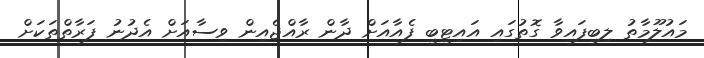
މައުލޫމާތު ލިބިފައިވާ ގޮތުގައި އައިޓީބީ ފެއާއަށް ދާން ރާއްޖެއިން ވިސާއަށް އެދުނު ފަރާތްތަކަށް